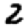
Digit: 2